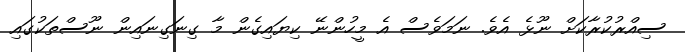
ސިއްރުކުރާކަށް ނޫޅެ އެވެ. ނަމަވެސް އެ މީހުންނޭ ކިޔައިގެން މާ ގިނަގިނައިން ނޫސްތަކުގައި